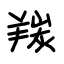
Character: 羰